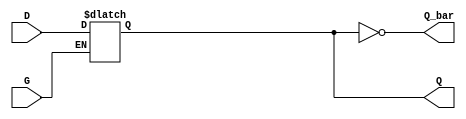
module d_latch(G, D, Q, Q_bar);

	input G, D;
	output Q, Q_bar;

	reg Q_int;
	
	always @(*) begin
		if (G)
			Q_int <= D;
	end
	
	assign Q = Q_int;
	assign Q_bar = ~Q;

endmodule